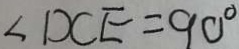
\angle D C E = 9 0 ^ { \circ }